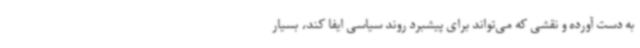
به دست آورده و نقشی که می‌تواند برای پیشبرد روند سیاسی ایفا کند، بسیار